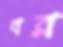
বর